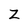
Character: Z